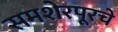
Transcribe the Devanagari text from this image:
समशेरपूरचे